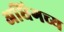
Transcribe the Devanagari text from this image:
अधिगच्य